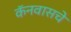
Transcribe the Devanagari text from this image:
कॅनवासचे